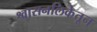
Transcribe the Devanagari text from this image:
श्वासनलिकेतून